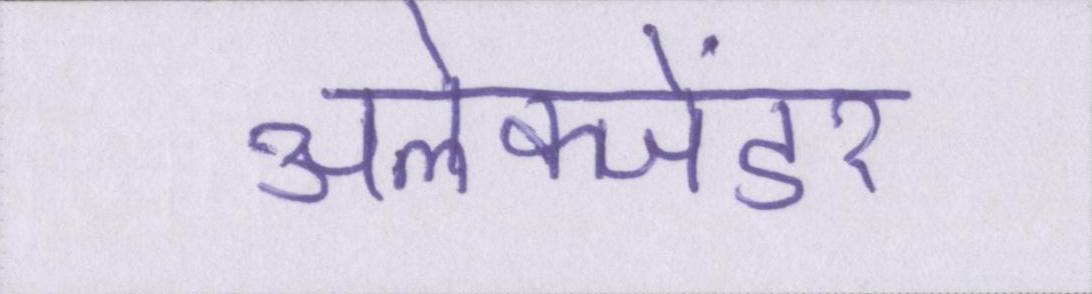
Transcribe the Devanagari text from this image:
अलेक्जेंडर